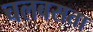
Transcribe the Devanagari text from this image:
चलबसता